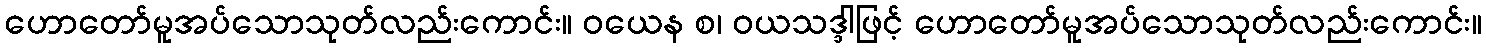
ဟောတော်မူအပ်သောသုတ်လည်းကောင်း။ ဝယေန စ၊ ဝယသဒ္ဒါဖြင့် ဟောတော်မူအပ်သောသုတ်လည်းကောင်း။